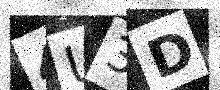
Text: 4U3D